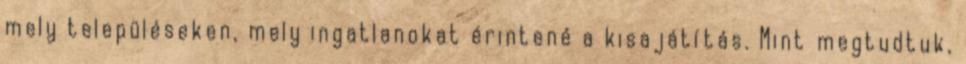
mely településeken, mely ingatlanokat érintené a kisajátítás. Mint megtudtuk,